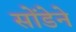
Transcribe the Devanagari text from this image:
सोंडेने